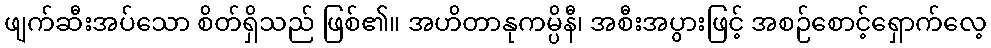
ဖျက်ဆီးအပ်သော စိတ်ရှိသည် ဖြစ်၏။ အဟိတာနုကမ္ပိနီ၊ အစီးအပွားဖြင့် အစဉ်စောင့်ရှောက်လေ့